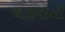
ચડાવાતી